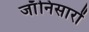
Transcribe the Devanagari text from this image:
जाँनिसारों